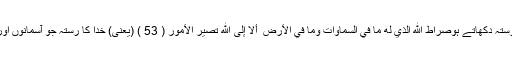
اور بےشک (اے محمدﷺ) تم سیدھا رستہ دکھاتے ہوصِرَاطِ اللَّهِ الَّذِي لَهُ مَا فِي السَّمَاوَاتِ وَمَا فِي الْأَرْضِ ۗ أَلَا إِلَى اللَّهِ تَصِيرُ الْأُمُورُ ( 53 ) (یعنی) خدا کا رستہ جو آسمانوں اور زمین کی سب چیزوں کا مالک ہے۔